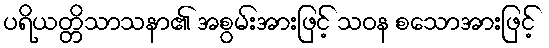
ပရိယတ္တိသာသနာ၏ အစွမ်းအားဖြင့် သဝန စသောအားဖြင့်